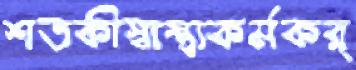
শতকীস্বাস্থ্যকর্মকর্